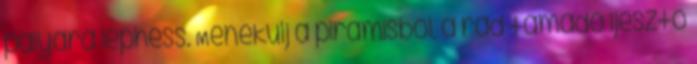
pályára léphess. Menekülj a piramisból, a rád támadó ijesztő